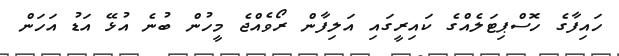
ހައިފާގެ ހޮސްޕިޓަލެއްގެ ކައިރީގައި އަލިފާން ރޯވެއްޖެ މީހުން ބުނެ އުޅޭ އަޑު އަހަން